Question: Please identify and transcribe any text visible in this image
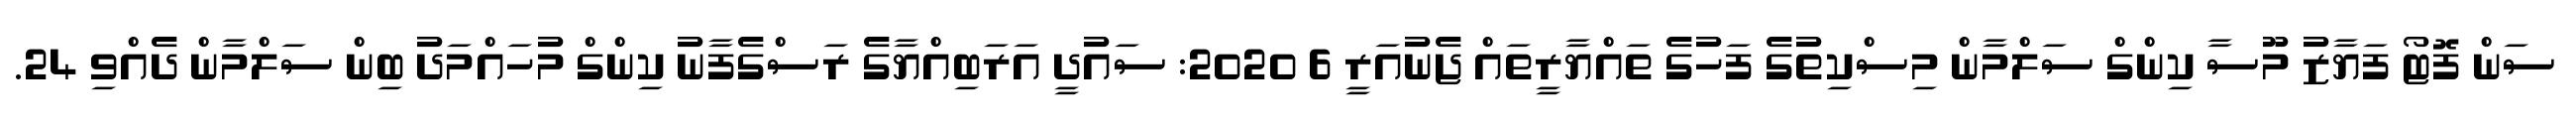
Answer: ސަން ފޮޓޯ ފަޔާޒު މޫސާ ކިންގް ސަލްމާން މިސްކިތުގެ ފަހުގެ ތައްޔާރީތައް ޖެނުއަރީ 6 2020: ސައުދީ އަރަބިއްޔާގެ ރަސްގެފާނު ކިންގް މުހައްމަދު ބިން ސަލްމާން ދެއްވި 24.